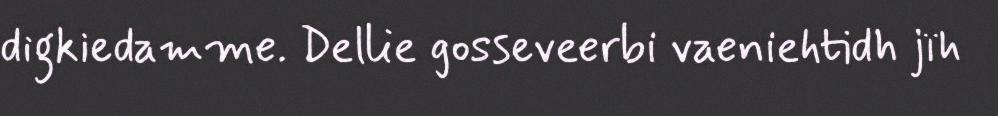
digkiedamme. Dellie gosseveerbi vaeniehtidh jïh